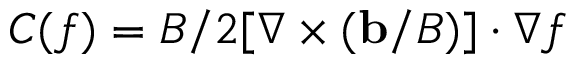
C ( f ) = B / 2 [ \nabla \times ( \mathbf { b } / B ) ] \cdot \nabla f